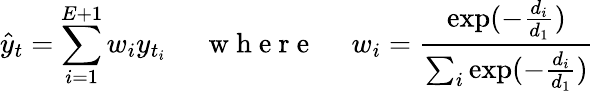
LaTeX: \hat{y}_{t}=\sum_{i=1}^{E+1}w_{i}y_{t_{i}}~~~~~\mathrm{~w~h~e~r~e~}~~~~~w_{i}=\frac{\exp(-\frac{d_{i}}{d_{1}})}{\sum_{i}\exp(-\frac{d_{i}}{d_{1}})}